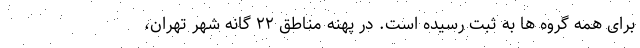
برای همه گروه ها به ثبت رسیده است. در پهنه مناطق ۲۲ گانه شهر تهران،